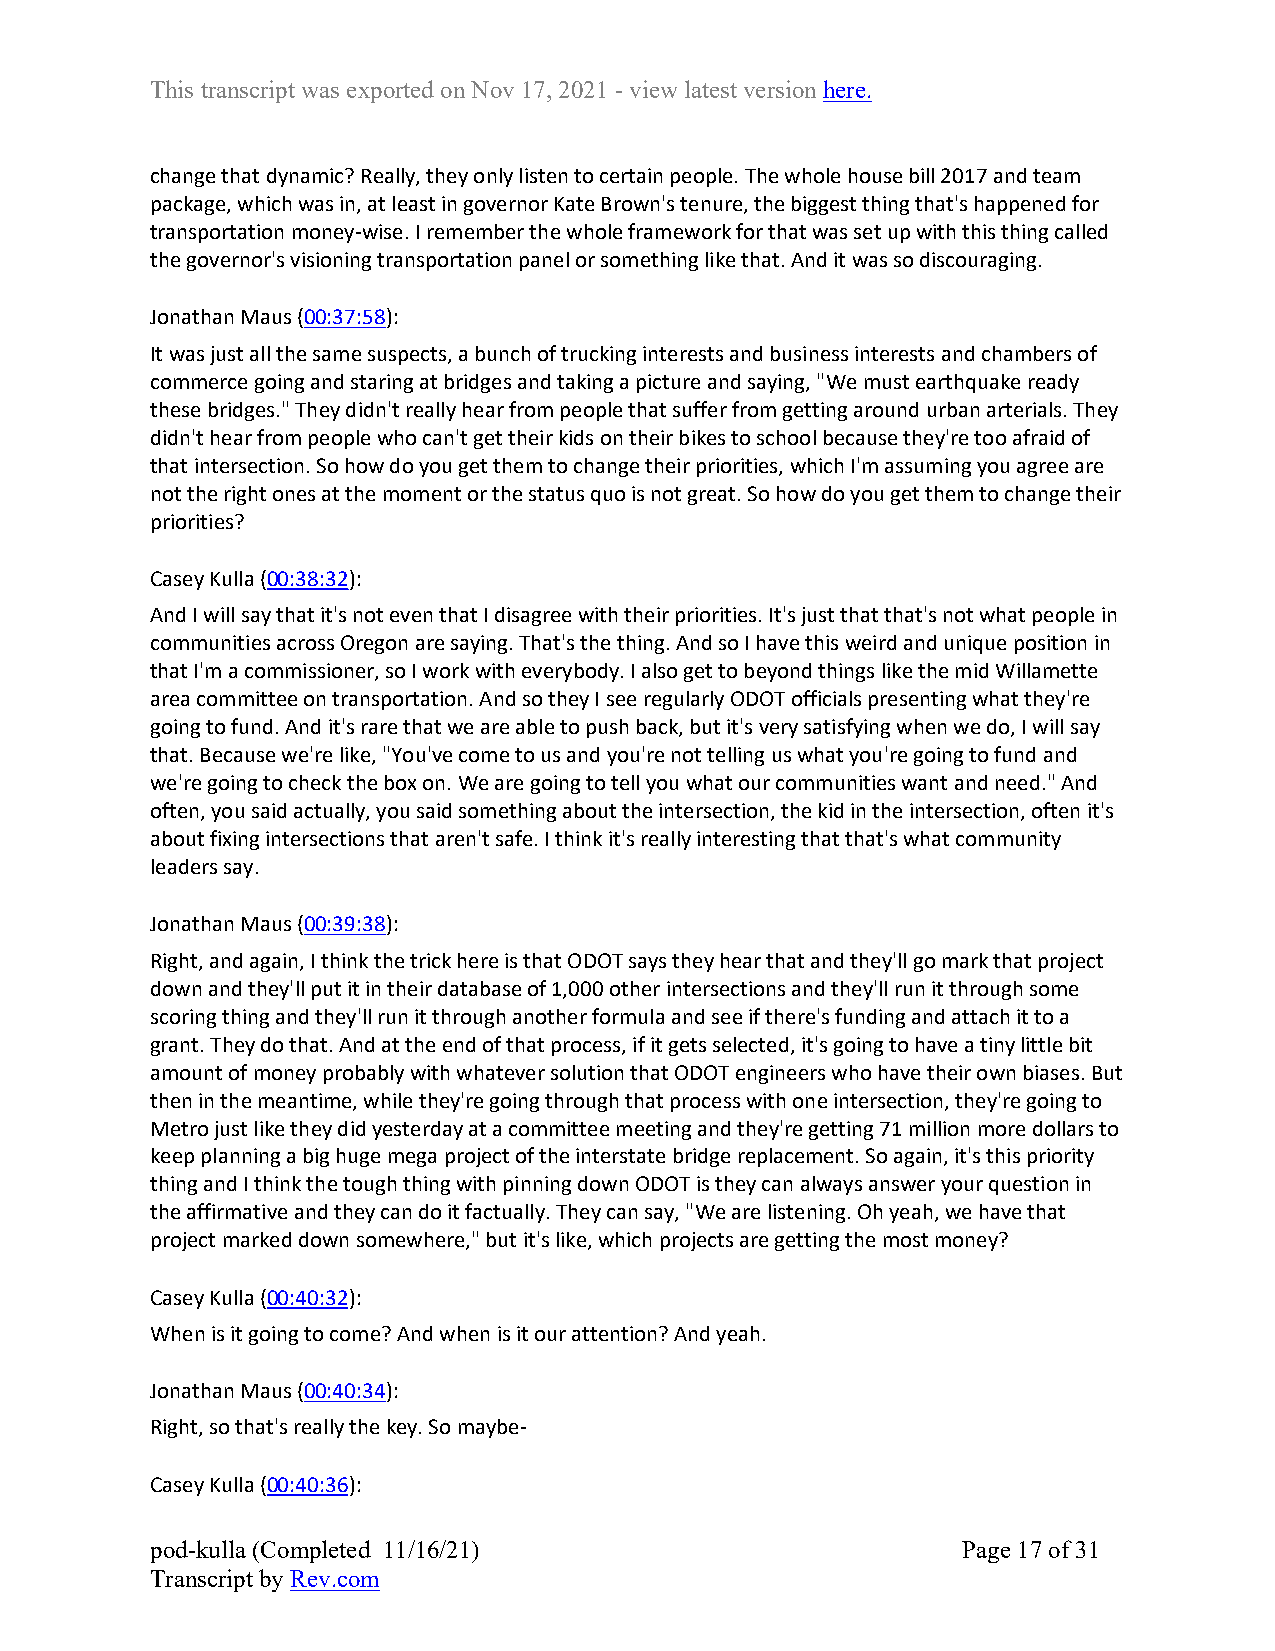
This transcript was exported on Nov 17, 2021 - view latest version here.
 change that dynamic? Really, they only listen to certain people. The whole house bill 2017 and team
 package, which was in, at least in governor Kate Brown's tenure, the biggest thing that's happened for
 transportation money-wise. I remember the whole framework for that was set up with this thing called
 the governor's visioning transportation panel or something like that. And it was so discouraging.
 Jonathan Maus (00:37:58):
 It was just all the same suspects, a bunch of trucking interests and business interests and chambers of
 commerce going and staring at bridges and taking a picture and saying, "We must earthquake ready
 these bridges." They didn't really hear from people that suffer from getting around urban arterials. They
 didn't hear from people who can't get their kids on their bikes to school because they're too afraid of
 that intersection. So how do you get them to change their priorities, which I'm assuming you agree are
 not the right ones at the moment or the status quo is not great. So how do you get them to change their
 priorities?
 Casey Kulla (00:38:32):
 And I will say that it's not even that I disagree with their priorities. It's just that that's not what people in
 communities across Oregon are saying. That's the thing. And so I have this weird and unique position in
 that I'm a commissioner, so I work with everybody. I also get to beyond things like the mid Willamette
 area committee on transportation. And so they I see regularly ODOT officials presenting what they're
 going to fund. And it's rare that we are able to push back, but it's very satisfying when we do, I will say
 that. Because we're like, "You've come to us and you're not telling us what you're going to fund and
 we're going to check the box on. We are going to tell you what our communities want and need." And
 often, you said actually, you said something about the intersection, the kid in the intersection, often it's
 about fixing intersections that aren't safe. I think it's really interesting that that's what community
 leaders say.
 Jonathan Maus (00:39:38):
 Right, and again, I think the trick here is that ODOT says they hear that and they'll go mark that project
 down and they'll put it in their database of 1,000 other intersections and they'll run it through some
 scoring thing and they'll run it through another formula and see if there's funding and attach it to a
 grant. They do that. And at the end of that process, if it gets selected, it's going to have a tiny little bit
 amount of money probably with whatever solution that ODOT engineers who have their own biases. But
 then in the meantime, while they're going through that process with one intersection, they're going to
 Metro just like they did yesterday at a committee meeting and they're getting 71 million more dollars to
 keep planning a big huge mega project of the interstate bridge replacement. So again, it's this priority
 thing and I think the tough thing with pinning down ODOT is they can always answer your question in
 the affirmative and they can do it factually. They can say, "We are listening. Oh yeah, we have that
 project marked down somewhere," but it's like, which projects are getting the most money?
 Casey Kulla (00:40:32):
 When is it going to come? And when is it our attention? And yeah.
 Jonathan Maus (00:40:34):
 Right, so that's really the key. So maybe-
 Casey Kulla (00:40:36):
 pod-kulla (Completed 11/16/21)                        Page 17 of 31
 Transcript by Rev.com